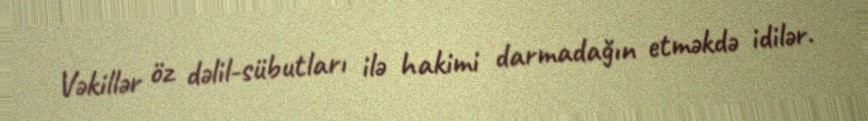
Vəkillər öz dəlil-sübutları ilə hakimi darmadağın etməkdə idilər.